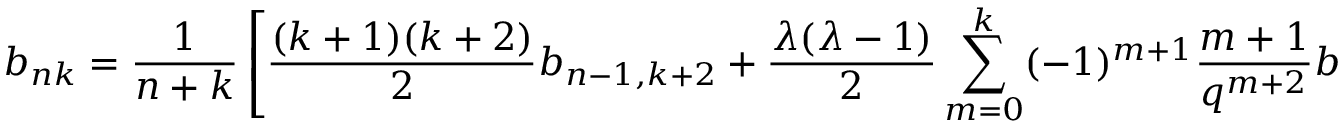
b _ { n k } = \frac { 1 } { n + k } \left[ \frac { ( k + 1 ) ( k + 2 ) } { 2 } b _ { n - 1 , k + 2 } + \frac { \lambda ( \lambda - 1 ) } { 2 } \sum _ { m = 0 } ^ { k } ( - 1 ) ^ { m + 1 } \frac { m + 1 } { q ^ { m + 2 } } b _ { n - 1 , k - m } \right] .